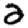
Digit: 2